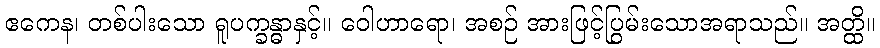
ဧကေန၊ တစ်ပါးသော ရူပက္ခန္ဓာနှင့်။ ဝေါဟာရော၊ အစဉ် အားဖြင့်ပြွမ်းသောအရာသည်။ အတ္ထိ။